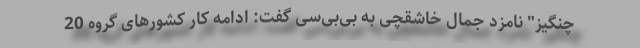
چنگیز" نامزد جمال خاشقچی به بی‌بی‌سی گفت: ادامه کار کشورهای گروه 20